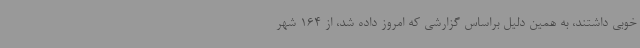
خوبی داشتند، به همین دلیل براساس گزارشی که امروز داده شد، از 164 شهر